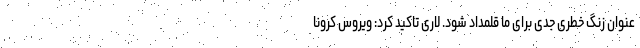
عنوان زنگ خطری جدی برای ما قلمداد شود. لاری تاکید کرد: ویروس کرونا